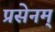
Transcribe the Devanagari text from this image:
प्रसेनम्‌